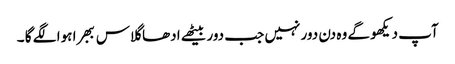
آپ دیکھو گے وہ دن دور نہیں جب دور بیٹھے ادھا گلاس ببھرا ہوا لگے گا ۔